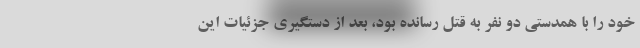
خود را با همدستی دو نفر به قتل رسانده بود، بعد از دستگیری جزئیات این